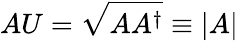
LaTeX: AU={\sqrt{AA^{\dagger}}}\equiv|A|